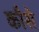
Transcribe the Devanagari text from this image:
कौसे